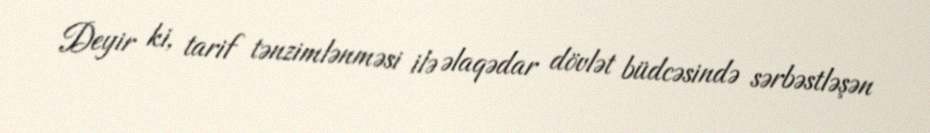
Deyir ki, tarif tənzimlənməsi ilə əlaqədar dövlət büdcəsində sərbəstləşən